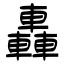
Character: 轟